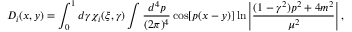
D _ { i } ( x , y ) = \int _ { 0 } ^ { 1 } d \gamma \chi _ { i } ( \xi , \gamma ) \int { \frac { d ^ { 4 } p } { ( 2 \pi ) ^ { 4 } } } \cos [ p ( x - y ) ] \ln \left| { \frac { ( 1 - \gamma ^ { 2 } ) p ^ { 2 } + 4 m ^ { 2 } } { \mu ^ { 2 } } } \right| ,